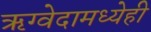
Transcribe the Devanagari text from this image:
ऋग्वेदामध्येही